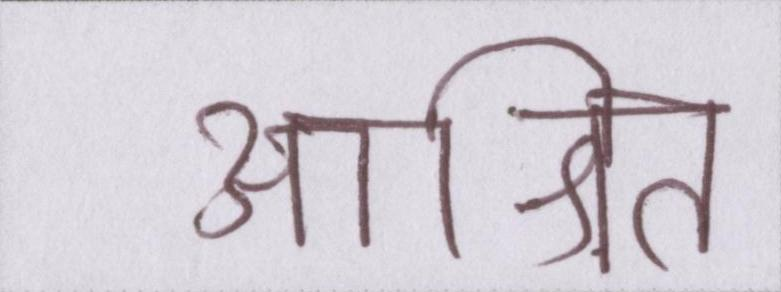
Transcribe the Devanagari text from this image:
आश्रित